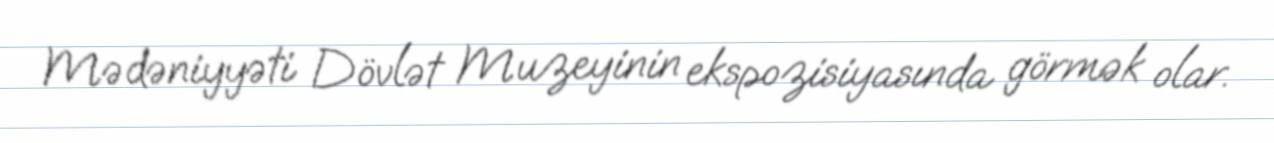
Mədəniyyəti Dövlət Muzeyinin ekspozisiyasında görmək olar.